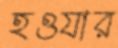
হওযার